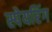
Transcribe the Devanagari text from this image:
स्पेयरिंग